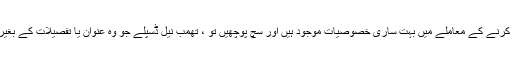
ایسا نہیں لگتا ہے کہ جیسے مواد کو فلٹر کرنے کے معاملے میں بہت ساری خصوصیات موجود ہیں اور سچ پوچھیں تو ، تھمب نیل ڈسپلے جو وہ عنوان یا تفصیلات کے بغیر استعمال کرتے ہیں تھوڑا سا ناگوار ہے۔